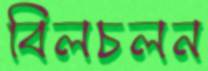
বিলচলন